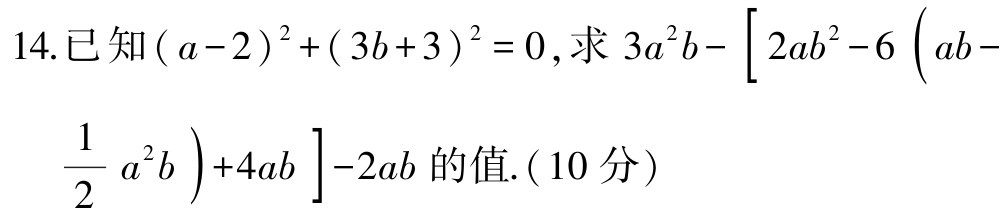
14.已知\((a - 2)^2 + (3b + 3)^2 = 0\),求\(3a^{2}b-\left[2ab^{2}-6\left(ab - \frac{1}{2}a^{2}b\right)+4ab\right]-2ab\)的值.(10分)